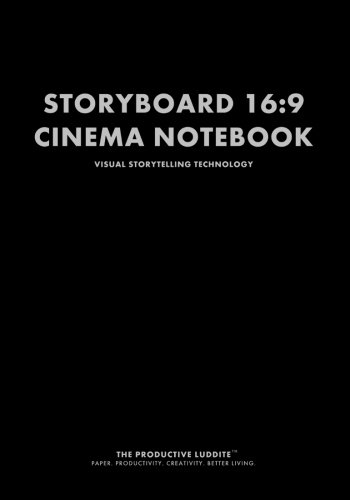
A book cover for Storyboard 16:9 Cinema Notebook: Visual Storytelling Technology; Productive Luddite; Humor & Entertainment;